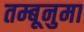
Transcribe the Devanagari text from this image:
तम्बूनुमा